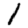
Digit: 1